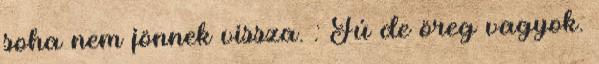
soha nem jönnek vissza. : Fú de öreg vagyok.